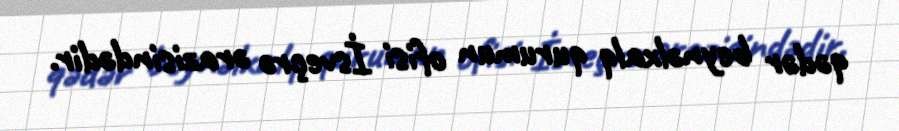
qədər beynəlxalq qurumun ofisi İsveçrə ərazisindədir.